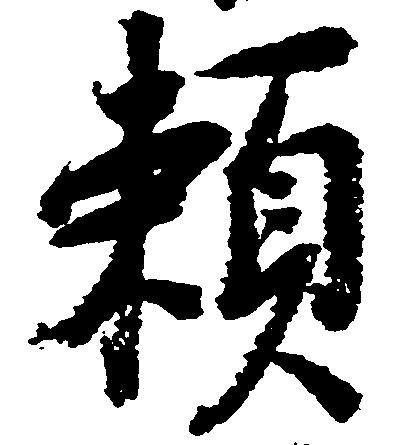
頼